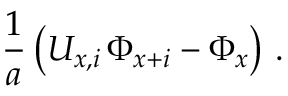
{ \frac { 1 } { a } } \left( U _ { x , i } \, \Phi _ { x + i } - \Phi _ { x } \right) \, .